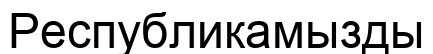
Республикамызды